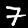
Digit: 7